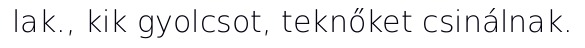
lak., kik gyolcsot, teknőket csinálnak.